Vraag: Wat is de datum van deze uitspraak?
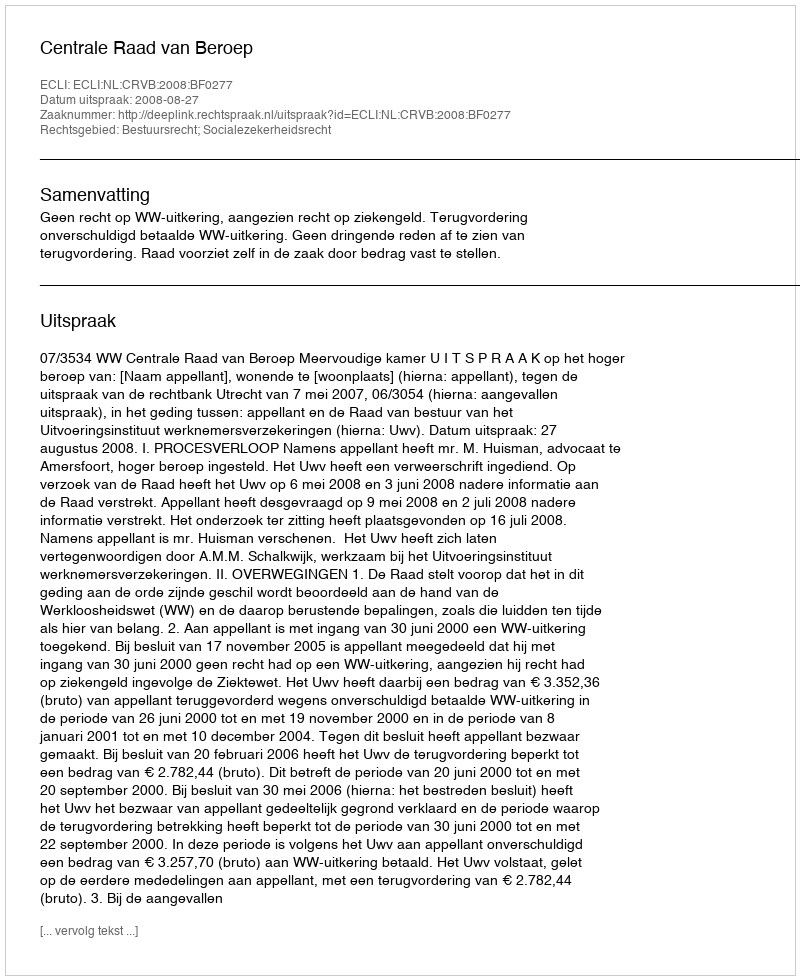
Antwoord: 2008-08-27